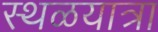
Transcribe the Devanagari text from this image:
स्थळयात्रा